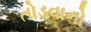
તોડવાનો